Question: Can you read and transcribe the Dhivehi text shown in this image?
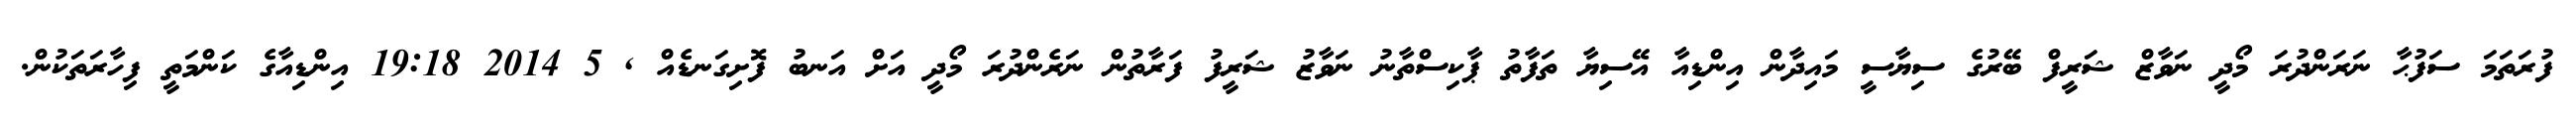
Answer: ފުރަތަމަ ސަފުޙާ ނަރަންދުރަ މޯދީ ނަވާޒް ޝަރީފް ބޭރުގެ ސިޔާސީ މައިދާން އިންޑިއާ އޭސިޔާ ތަފާތު ޕާކިސްތާނު ނަވާޒު ޝަރީފު ފަރާތުން ނަރެންދުރަ މޯދީ އަށް އަނބު ފޮށިގަނޑެއް , 5 2014 19:18 އިންޑިއާގެ ކަންމަތީ ފިހާރަތަކުން.